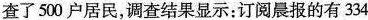
查了500户居民，调查结果显示：订阅晨报的有334